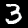
Digit: 3